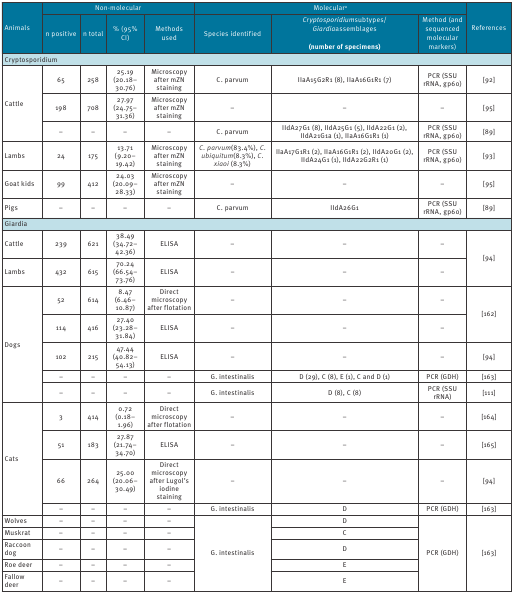
<table><thead><tr><td rowspan="2"><b>Animals</b></td><td colspan="4"><b>Non-molecular</b></td><td colspan="3"><b>Molecular<sup>a</sup></b></td><td rowspan="2"><b>References</b></td></tr><tr><td><b>n positive</b></td><td><b>n total</b></td><td><b>% (95% CI)</b></td><td><b>Methods used</b></td><td><b>Species identified</b></td><td><b><i>Cryptosporidium</i> subtypes/<i>Giardia</i> assemblages(number of specimens)</b></td><td><b>Method (and sequenced molecular markers)</b></td></tr></thead><tbody><tr><td colspan="9"><b><i>Cryptosporidium</i></b></td></tr><tr><td rowspan="3">Cattle</td><td>65</td><td>258</td><td>25.19 (20.18–30.76)</td><td>Microscopy after mZN staining</td><td><i>C. parvum</i></td><td>IIaA15G2R1 (8), IIaA16G1R1 (7)</td><td>PCR (SSU rRNA, gp60)</td><td> [92]</td></tr><tr><td>198</td><td>708</td><td>27.97 (24.75–31.36)</td><td>Microscopy after mZN staining</td><td>–</td><td>–</td><td>–</td><td> [95]</td></tr><tr><td>–</td><td>–</td><td>–</td><td>–</td><td><i>C. parvum</i></td><td>IIdA27G1 (8), IIdA25G1 (5), IIdA22G1 (2), IIdA21G1a (1), IIaA16G1R1 (1)</td><td>PCR (SSU rRNA, gp60)</td><td> [89]</td></tr><tr><td>Lambs</td><td>24</td><td>175</td><td>13.71 (9.20–19.42)</td><td>Microscopy after mZN staining</td><td><i>C. parvum</i> (83.4%), <i>C. ubiquitum</i> (8.3%), <i>C. xiaoi</i> (8.3%)</td><td>IIaA17G1R1 (2), IIaA16G1R1 (2), IIdA20G1 (2), IIdA24G1 (1), IIdA22G2R1 (1)</td><td>PCR (SSU rRNA, gp60)</td><td> [93]</td></tr><tr><td>Goat kids</td><td>99</td><td>412</td><td>24.03 (20.09–28.33)</td><td>Microscopy after mZN staining</td><td>–</td><td>–</td><td>–</td><td> [95]</td></tr><tr><td>Pigs</td><td>–</td><td>–</td><td>–</td><td>–</td><td><i>C. parvum</i></td><td>IIdA26G1</td><td>PCR (SSU rRNA, gp60)</td><td> [89]</td></tr><tr><td colspan="9"><b><i>Giardia</i></b></td></tr><tr><td>Cattle</td><td>239</td><td>621</td><td>38.49 (34.72–42.36)</td><td>ELISA</td><td>–</td><td>–</td><td>–</td><td rowspan="2"> [94]</td></tr><tr><td>Lambs</td><td>432</td><td>615</td><td>70.24 (66.54–73.76)</td><td>ELISA</td><td>–</td><td>–</td><td>–</td></tr><tr><td rowspan="5">Dogs</td><td>52</td><td>614</td><td>8.47 (6.46–10.87)</td><td>Direct microscopy after flotation</td><td>–</td><td>–</td><td>–</td><td rowspan="2"> [162]</td></tr><tr><td>114</td><td>416</td><td>27.40 (23.28–31.84)</td><td>ELISA</td><td>–</td><td>–</td><td>–</td></tr><tr><td>102</td><td>215</td><td>47.44 (40.82–54.13)</td><td>ELISA</td><td>–</td><td>–</td><td>–</td><td> [94]</td></tr><tr><td>–</td><td>–</td><td>–</td><td>–</td><td><i>G. intestinalis</i></td><td>D (29), C (8), E (1), C and D (1)</td><td>PCR (GDH)</td><td> [163]</td></tr><tr><td>–</td><td>–</td><td>–</td><td>–</td><td><i>G. intestinalis</i></td><td>D (8), C (8)</td><td>PCR (SSU rRNA)</td><td> [111]</td></tr><tr><td rowspan="4">Cats</td><td>3</td><td>414</td><td>0.72 (0.18–1.96)</td><td>Direct microscopy after flotation</td><td>–</td><td>–</td><td>–</td><td> [164]</td></tr><tr><td>51</td><td>183</td><td>27.87 (21.74–34.70)</td><td>ELISA</td><td>–</td><td>–</td><td>–</td><td> [165]</td></tr><tr><td>66</td><td>264</td><td>25.00 (20.06–30.49)</td><td>Direct microscopy after Lugol’s iodine staining</td><td>–</td><td>–</td><td>–</td><td> [94]</td></tr><tr><td>–</td><td>–</td><td>–</td><td>–</td><td><i>G. intestinalis</i></td><td>D</td><td>PCR (GDH)</td><td> [163]</td></tr><tr><td>Wolves</td><td>–</td><td>–</td><td>–</td><td>–</td><td rowspan="5"><i>G. intestinalis</i></td><td>D</td><td rowspan="5">PCR (GDH)</td><td rowspan="5"> [163]</td></tr><tr><td>Muskrat</td><td>–</td><td>–</td><td>–</td><td>–</td><td>C</td></tr><tr><td>Raccoon dog</td><td>–</td><td>–</td><td>–</td><td>–</td><td>D</td></tr><tr><td>Roe deer</td><td>–</td><td>–</td><td>–</td><td>–</td><td>E</td></tr><tr><td>Fallow deer</td><td>–</td><td>–</td><td>–</td><td>–</td><td>E</td></tr></tbody></table>